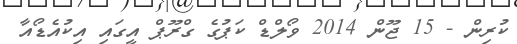
ކުރިން - 15 ޖޫން 2014 ވޯލްޑް ކަޕުގެ ގްރޫޕް އީގައި އިކުއެޑޯއާ